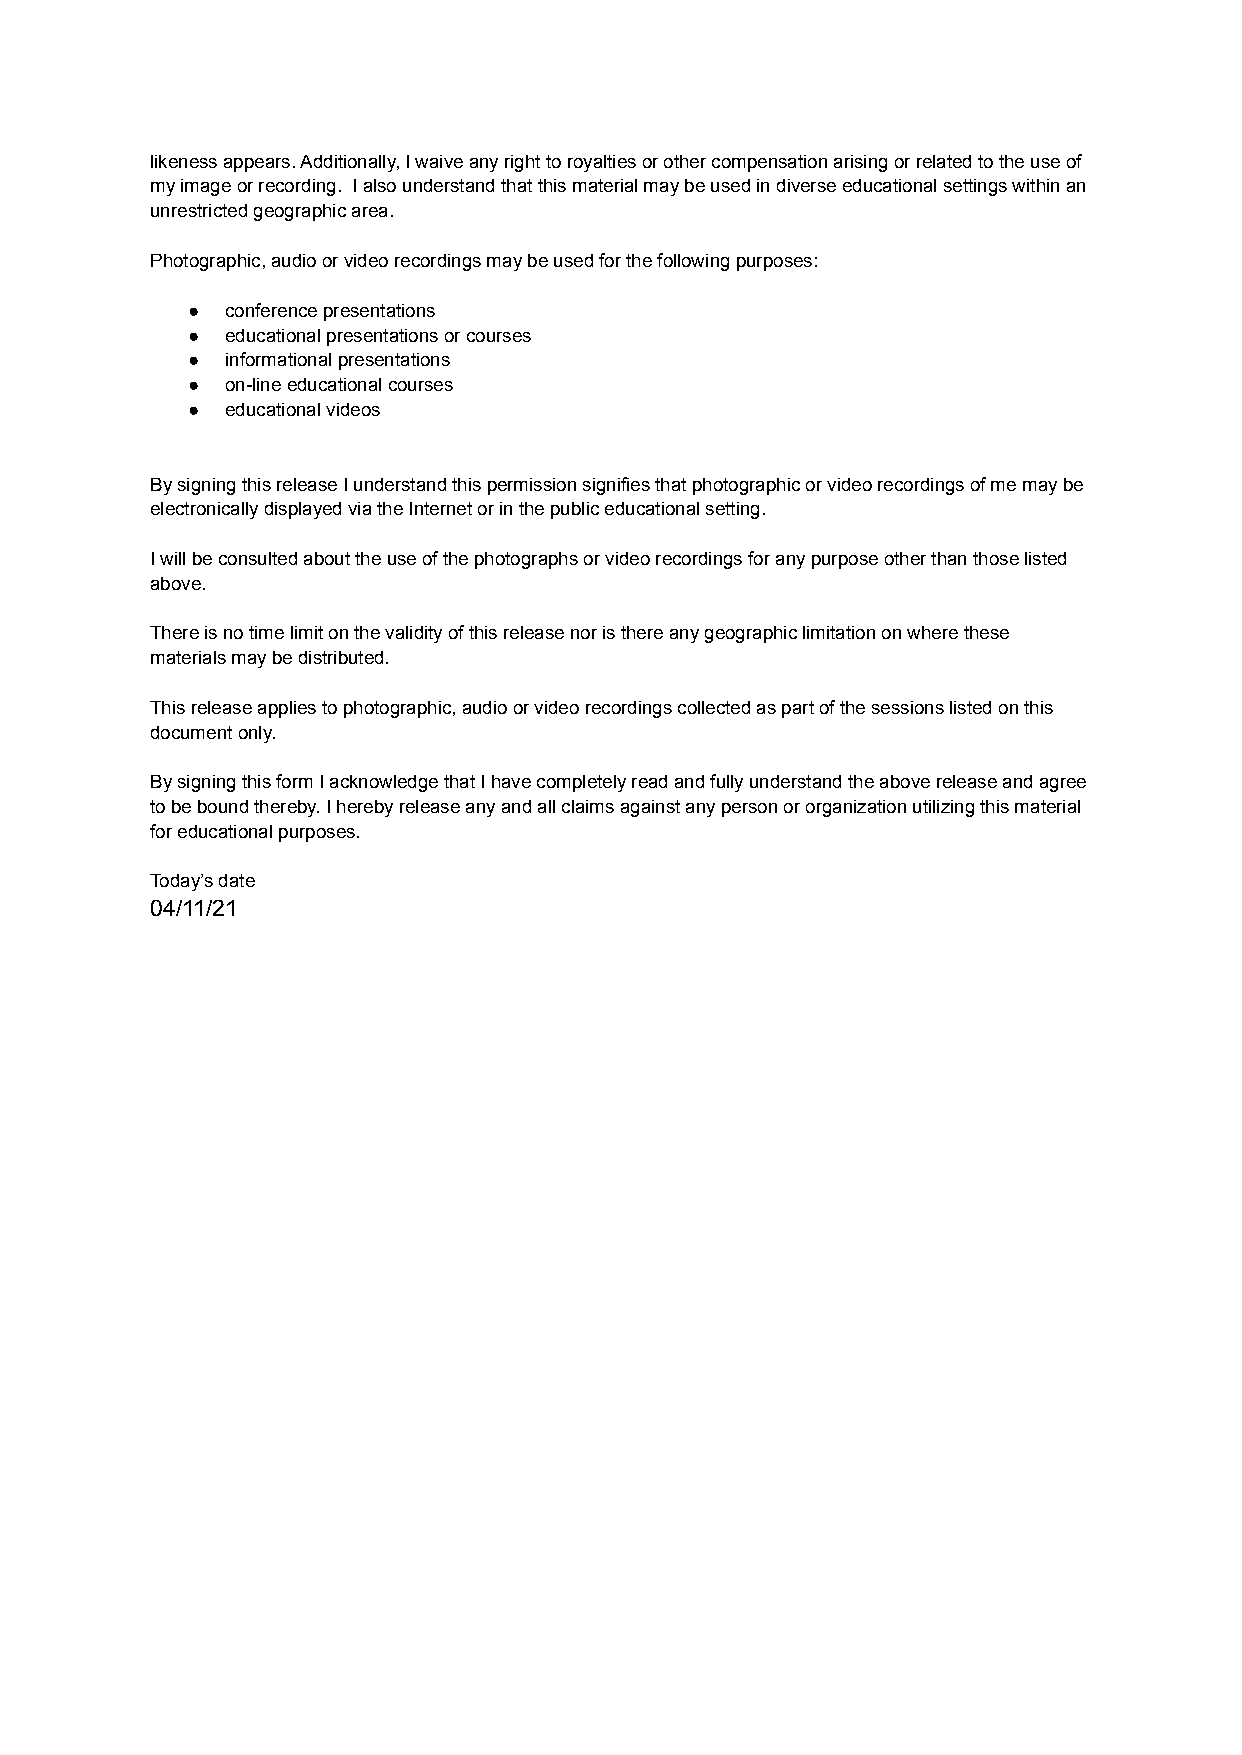
likeness appears. Additionally, I waive any right to royalties or other compensation arising or related to the use of
 my image or recording. I also understand that this material may be used in diverse educational settings within an
 unrestricted geographic area.
 Photographic, audio or video recordings may be used for the following purposes:
 ●  conference presentations
 ●  educational presentations or courses
 ●  informational presentations
 ●  on-line educational courses
 ●  educational videos
 By signing this release I understand this permission signifies that photographic or video recordings of me may be
 electronically displayed via the Internet or in the public educational setting.
 I will be consulted about the use of the photographs or video recordings for any purpose other than those listed
 above.
 There is no time limit on the validity of this release nor is there any geographic limitation on where these
 materials may be distributed.
 This release applies to photographic, audio or video recordings collected as part of the sessions listed on this
 document only.
 By signing this form I acknowledge that I have completely read and fully understand the above release and agree
 to be bound thereby. I hereby release any and all claims against any person or organization utilizing this material
 for educational purposes.
 Today’s date
 04/11/21